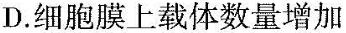
D.细胞膜上载体数量增加